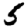
Digit: 5